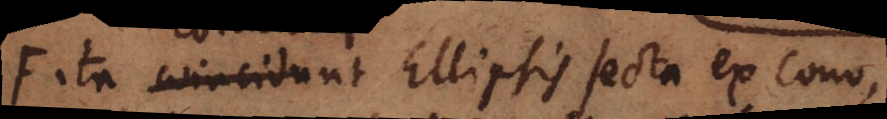
F ita coincidunt Ellipsis secta ex cono,